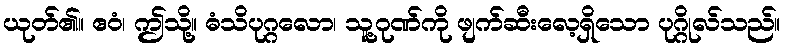
ယုတ်၏။ ဧဝံ၊ ဤသို့။ ဓံသိပုဂ္ဂလော၊ သူ့ဂုဏ်ကို ဖျက်ဆီးလေ့ရှိသော ပုဂ္ဂိုလ်သည်။